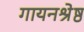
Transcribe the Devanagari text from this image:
गायनश्रेष्ठ